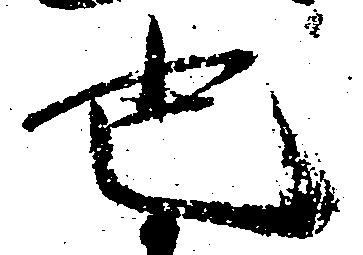
也